Vaccination in the Punjab 1883-1896 - 1883-1896
Year: 1883
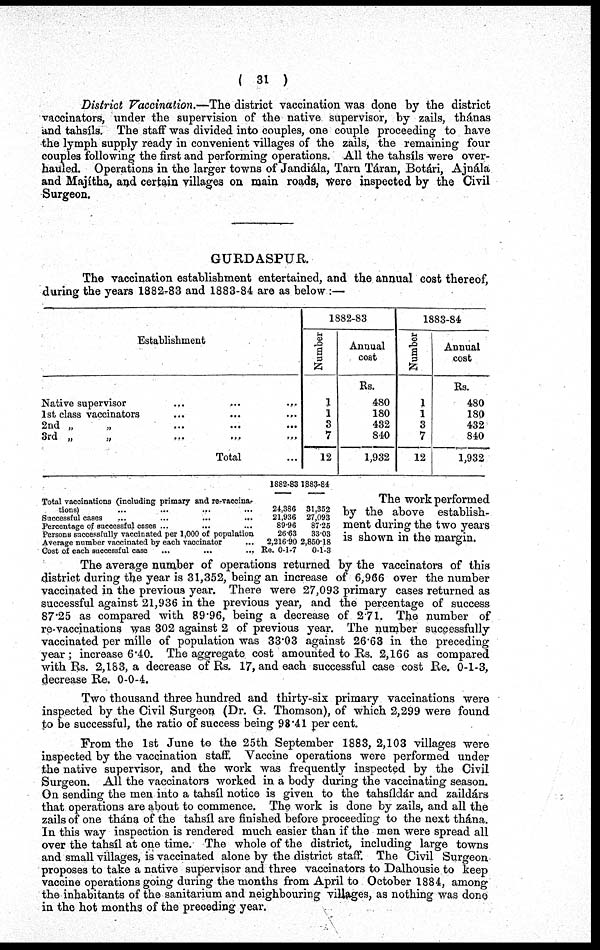
( 31 )
District Vaccination.—The district vaccination was done by the district
vaccinators, under the supervision of the native supervisor, by zails, thánas
and tahsíls. The staff was divided into couples, one couple proceeding to have
the lymph supply ready in convenient villages of the zails, the remaining four
couples following the first and performing operations. All the tahsíls were over-
hauled. Operations in the larger towns of Jandiála, Tarn Táran, Botári, Ajnála
and Majiths, and certain villages on main roads, Were inspected by the Civil
Surgeon.
GURDASPUR.
The vaccination establishment entertained, and the annual cost thereof,
during the years 1882-83 and 1883-84 are as below :—
Establishment
Native supervisor
...
...
...
1st class vaccinators ... ... ...
2nd „ „ ... ... ...
3rd „ „ ... ... ...
Total ...
1882-83
Number
1
1
3
7
12
Annual
cost
Rs.
480
180
432
840
1,932
1883-84
Number
1
1
3
7
12
Annual
cost
Rs.
480
180
432
840
1,932
Total vaccinations (including primary and re-vaccina-
tions) ... ... ... ...
Successful cases ... ... ... ...
Percentage of successful cases ... ... ...
Persons successfully vaccinated per 1,000 of population
Average number vaccinated by each vaccinator ...
Cost of each successful case ... ... ...
1882-83
24,386
21,936
89.96
26.63
2,216.90
Re. 0-1-7
1883-84
31,352
27,093
87.25
33.03
2,850.18
0-1-3
The work performed
by the above establish-
ment during the two years
is shown in the margin.
The average number of operations returned by the vaccinators of this
district during the year is 31,352, being an increase of 6,966 over the number
vaccinated in the previous year. There were 27,093 primary cases returned as
successful against 21,936 in the previous year, and the percentage of success
87.25 as compared with 89.96, being a decrease of 2.71. The number of
re-vaccinations was 302 against 2 of previous year. The number successfully
vaccinated per mille of population was 33.03 against 26.63 in the preceding
year; increase 6.40. The aggregate cost amounted to Rs. 2,166 as compared
with Rs. 2,183, a decrease of Rs. 17, and each successful case cost Re. 0-1-3,
decrease Re. 0-0-4.
Two thousand three hundred and thirty-six primary vaccinations were
inspected by the Civil Surgeon (Dr. G. Thomson), of which 2,299 were found
to be successful, the ratio of success being 98.41 per cent.
From the 1st June to the 25th September 1883, 2,103 villages were
inspected by the vaccination staff. Vaccine operations were performed under
the native supervisor, and the work was frequently inspected by the Civil
Surgeon. All the vaccinators worked in a body during the vaccinating season.
On sending the men into a tahsíl notice is given to the tahsíldár and zaildárs
that operations are about to commence. The work is done by zails, and all the
zails of one thána of the tahsíl are finished before proceeding to the next thána.
In this way inspection is rendered much easier than if the men were spread all
over the tahsíl at one time. The whole of the district, including large towns
and small villages, is vaccinated alone by the district staff. The Civil Surgeon
proposes to take a native supervisor and three vaccinators to Dalhousie to keep
vaccine operations going during the months from April to October 1884, among
the inhabitants of the sanitarium and neighbouring villages, as nothing was done
in the hot months of the preceding year.